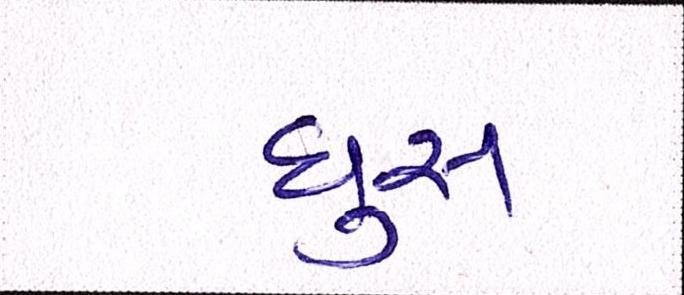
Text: ઘુસ